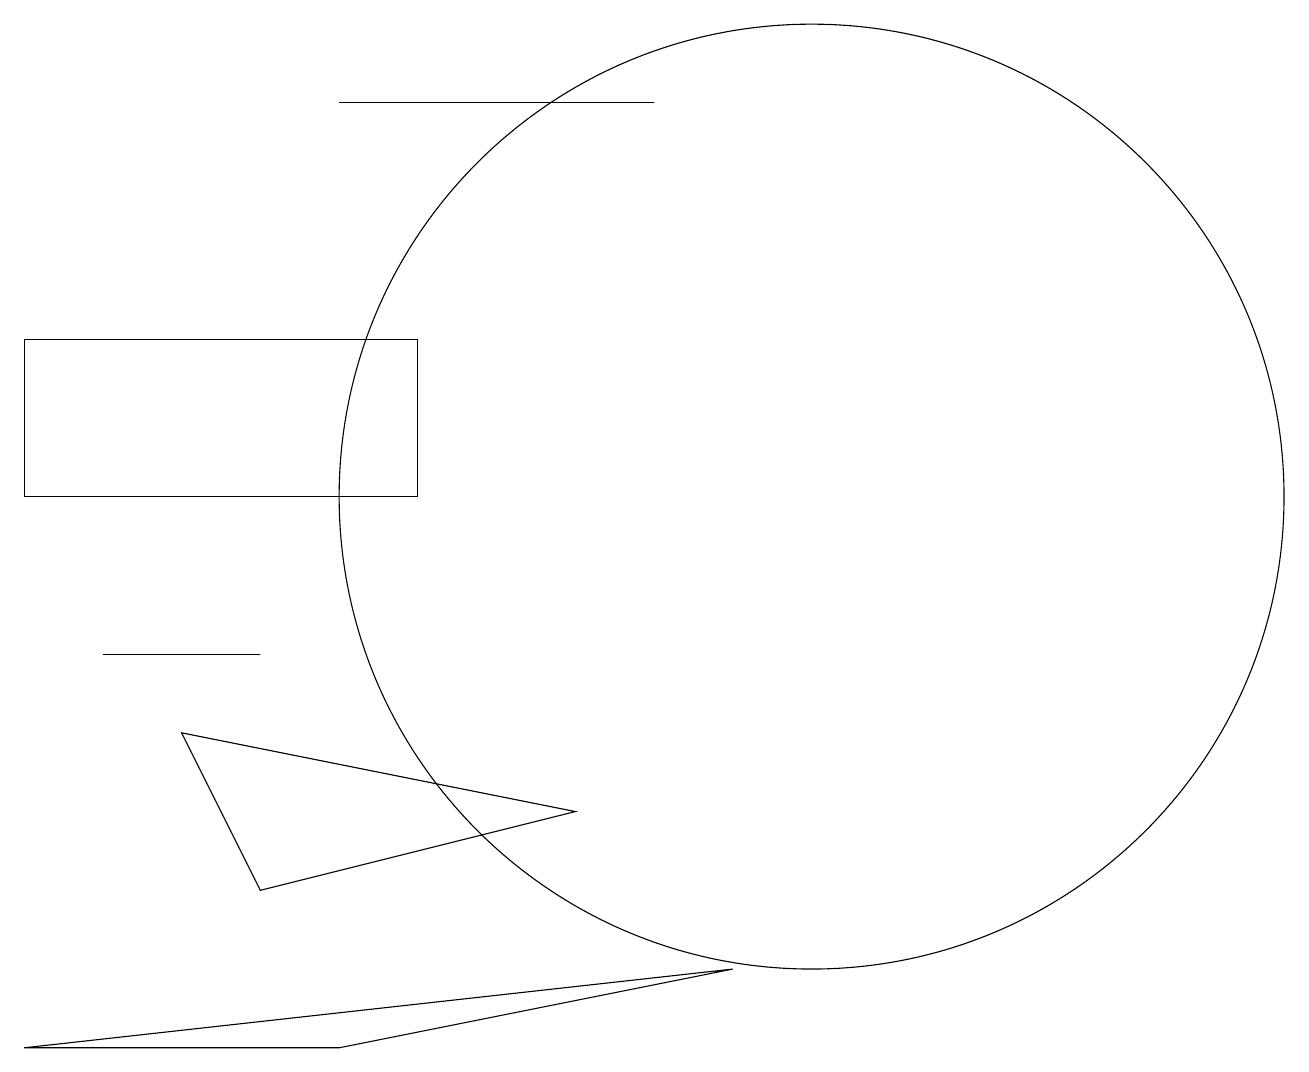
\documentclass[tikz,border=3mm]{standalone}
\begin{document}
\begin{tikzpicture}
\draw (4,4) -- (9,5) -- (0,4) -- cycle;
\draw (5,11) rectangle (0,13);
\draw (10,11) circle (6);
\draw (2,9) -- (1,9) -- (3,9) -- cycle;
\draw (3,6) -- (2,8) -- (7,7) -- cycle;
\draw (4,16) rectangle (8,16);
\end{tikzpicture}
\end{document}